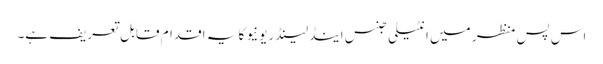
اس پس منظر میں انٹیلی جنس اینڈ لینڈ ریونیو کا یہ اقدام قابل تعریف ہے۔